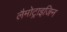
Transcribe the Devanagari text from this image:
लैमोट्राइजिन